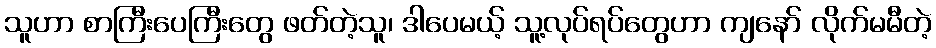
သူဟာ စာကြီးပေကြီးတွေ ဖတ်တဲ့သူ၊ ဒါပေမယ့် သူ့လုပ်ရပ်တွေဟာ ကျနော် လိုက်မမီတဲ့